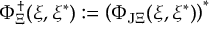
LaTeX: \Phi _ { \Xi } ^ { \dagger } ( \xi , \xi ^ { * } ) : = \left( \Phi _ { \mathrm { J } \Xi } ( \xi , \xi ^ { * } ) \right) ^ { * }